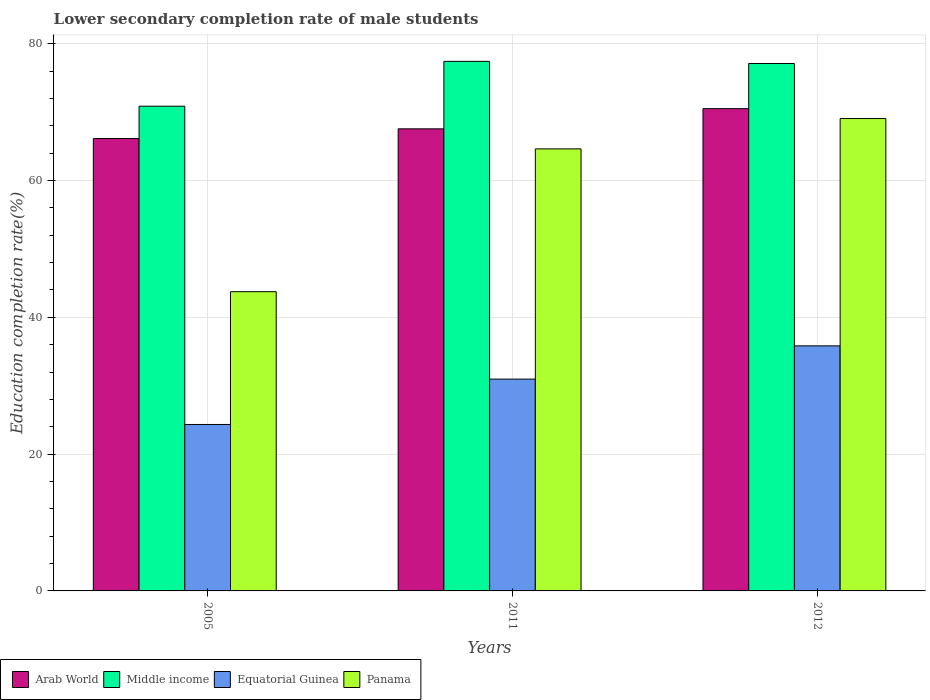
| Years | Arab World | Middle income | Equatorial Guinea | Panama |
 | --- | --- | --- | --- | --- |
 | 2005 | 66.1 | 70.9 | 24.3 | 43.7 |
 | 2011 | 67.6 | 77.4 | 31 | 64.6 |
 | 2012 | 70.5 | 77.1 | 35.8 | 69.1 |